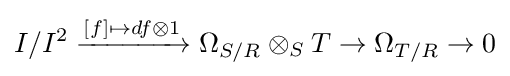
I/I^{2}\xrightarrow {[f]\mapsto df\otimes 1} \Omega _{S/R}\otimes _{S}T\to \Omega _{T/R}\to 0